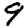
Digit: 9